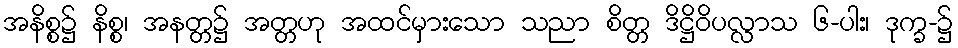
အနိစ္စ၌ နိစ္စ၊ အနတ္တ၌ အတ္တဟု အထင်မှားသော သညာ စိတ္တ ဒိဋ္ဌိဝိပလ္လာသ ၆-ပါး၊ ဒုက္ခ-၌